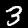
Digit: 3